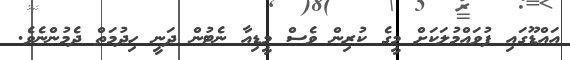
އައްޑޫގައި ފުވައްމުލަކަށް މީގެ ކުރިން ވެސް މީޑިއާ ނެޓުން ދަނީ ހިދުމަތް ދެމުންނެވެ.